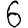
Digit: 6